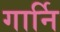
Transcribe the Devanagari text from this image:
गार्नि